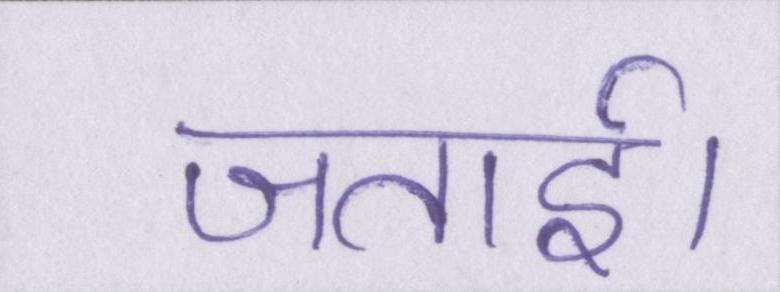
जताई।